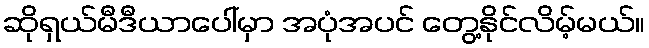
ဆိုရှယ်မီဒီယာပေါ်မှာ အပုံအပင် တွေ့နိုင်လိမ့်မယ်။